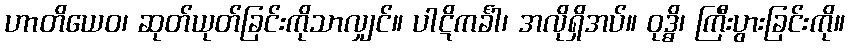
ဟာတိယေဝ၊ ဆုတ်ယုတ်ခြင်းကိုသာလျှင်။ ပါဋိကင်္ခါ၊ အလိုရှိအပ်။ ဝုဒ္ဓိ၊ ကြီးပွားခြင်းကို။